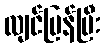
လျင်မြန်ပြီး